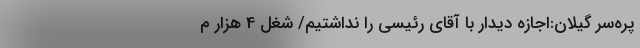
پَره‌سَر گیلان:اجازه دیدار با آقای رئیسی را نداشتیم/ شغل 4 هزار م